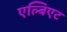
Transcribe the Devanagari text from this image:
एल्बिएट